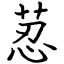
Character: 荵